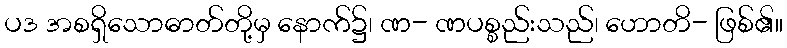
ပဒ အစရှိသောဓာတ်တို့မှ နောက်၌၊ ဏ- ဏပစ္စည်းသည်၊ ဟောတိ- ဖြစ်၏။